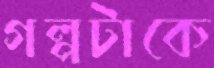
গল্পটাকে